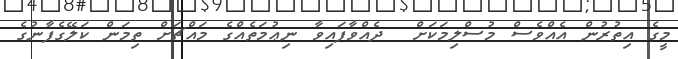
މީގެ އިތުރުން އެއްވެސް މުސްލިމަކަށް  ދެއްވާފައިވާ ނިޢުމަތެއްގެ މައްޗަށް ތިމަން ކަލޭގެފާނުގެ